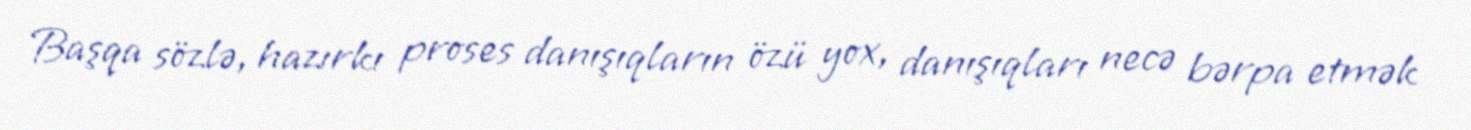
Başqa sözlə, hazırkı proses danışıqların özü yox, danışıqları necə bərpa etmək